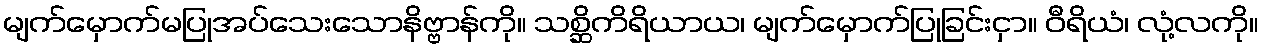
မျက်မှောက်မပြုအပ်သေးသောနိဗ္ဗာန်ကို။ သစ္ဆိကိရိယာယ၊ မျက်မှောက်ပြုခြင်းငှာ။ ဝီရိယံ၊ လုံ့လကို။